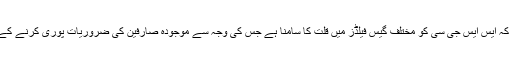
اس کے بعد یہ اطلاعات سامنے آئیں کہ ایس ایس جی سی کو مختلف گیس فیلڈز میں قلت کا سامنا ہے جس کی وجہ سے موجودہ صارفین کی ضروریات پوری کرنے کے لیے گیس کی فراہمی نہیں ہوپارہی۔